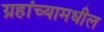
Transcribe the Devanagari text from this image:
ग्रहांच्यामधील